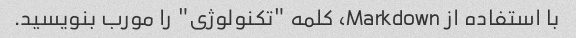
با استفاده از Markdown، کلمه "تکنولوژی" را مورب بنویسید.